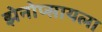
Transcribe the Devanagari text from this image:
झेनोप्सायला